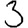
Digit: 3